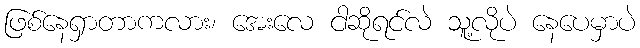
ဖြစ်နေရှာတာကလား၊ အေးလေ ငါဆိုရင်လဲ သူ့လိုပဲ နေပေမှာပဲ